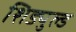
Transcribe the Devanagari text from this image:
शिड्युल्ड